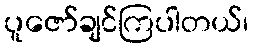
ပူဇော်ချင်ကြပါတယ်၊